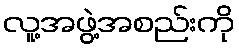
လူ့အဖွဲ့အစည်းကို